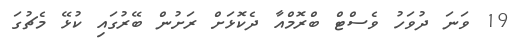
19 ވަނަ ދުވަހު ވެސްޓް ބްރޮމްއާ ދެކޮޅަށް ރަށުން ބޭރުގައި ކުޅޭ މެޗުގަ